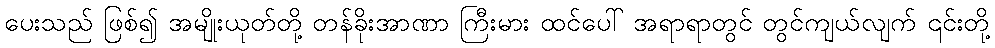
ပေးသည် ဖြစ်၍ အမျိုးယုတ်တို့ တန်ခိုးအာဏာ ကြီးမား ထင်ပေါ် အရာရာတွင် တွင်ကျယ်လျက် ၎င်းတို့